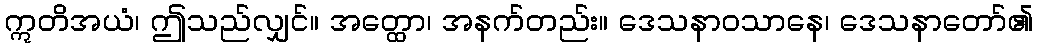
ဣတိအယံ၊ ဤသည်လျှင်။ အတ္ထော၊ အနက်တည်း။ ဒေသနာဝသာနေ၊ ဒေသနာတော်၏